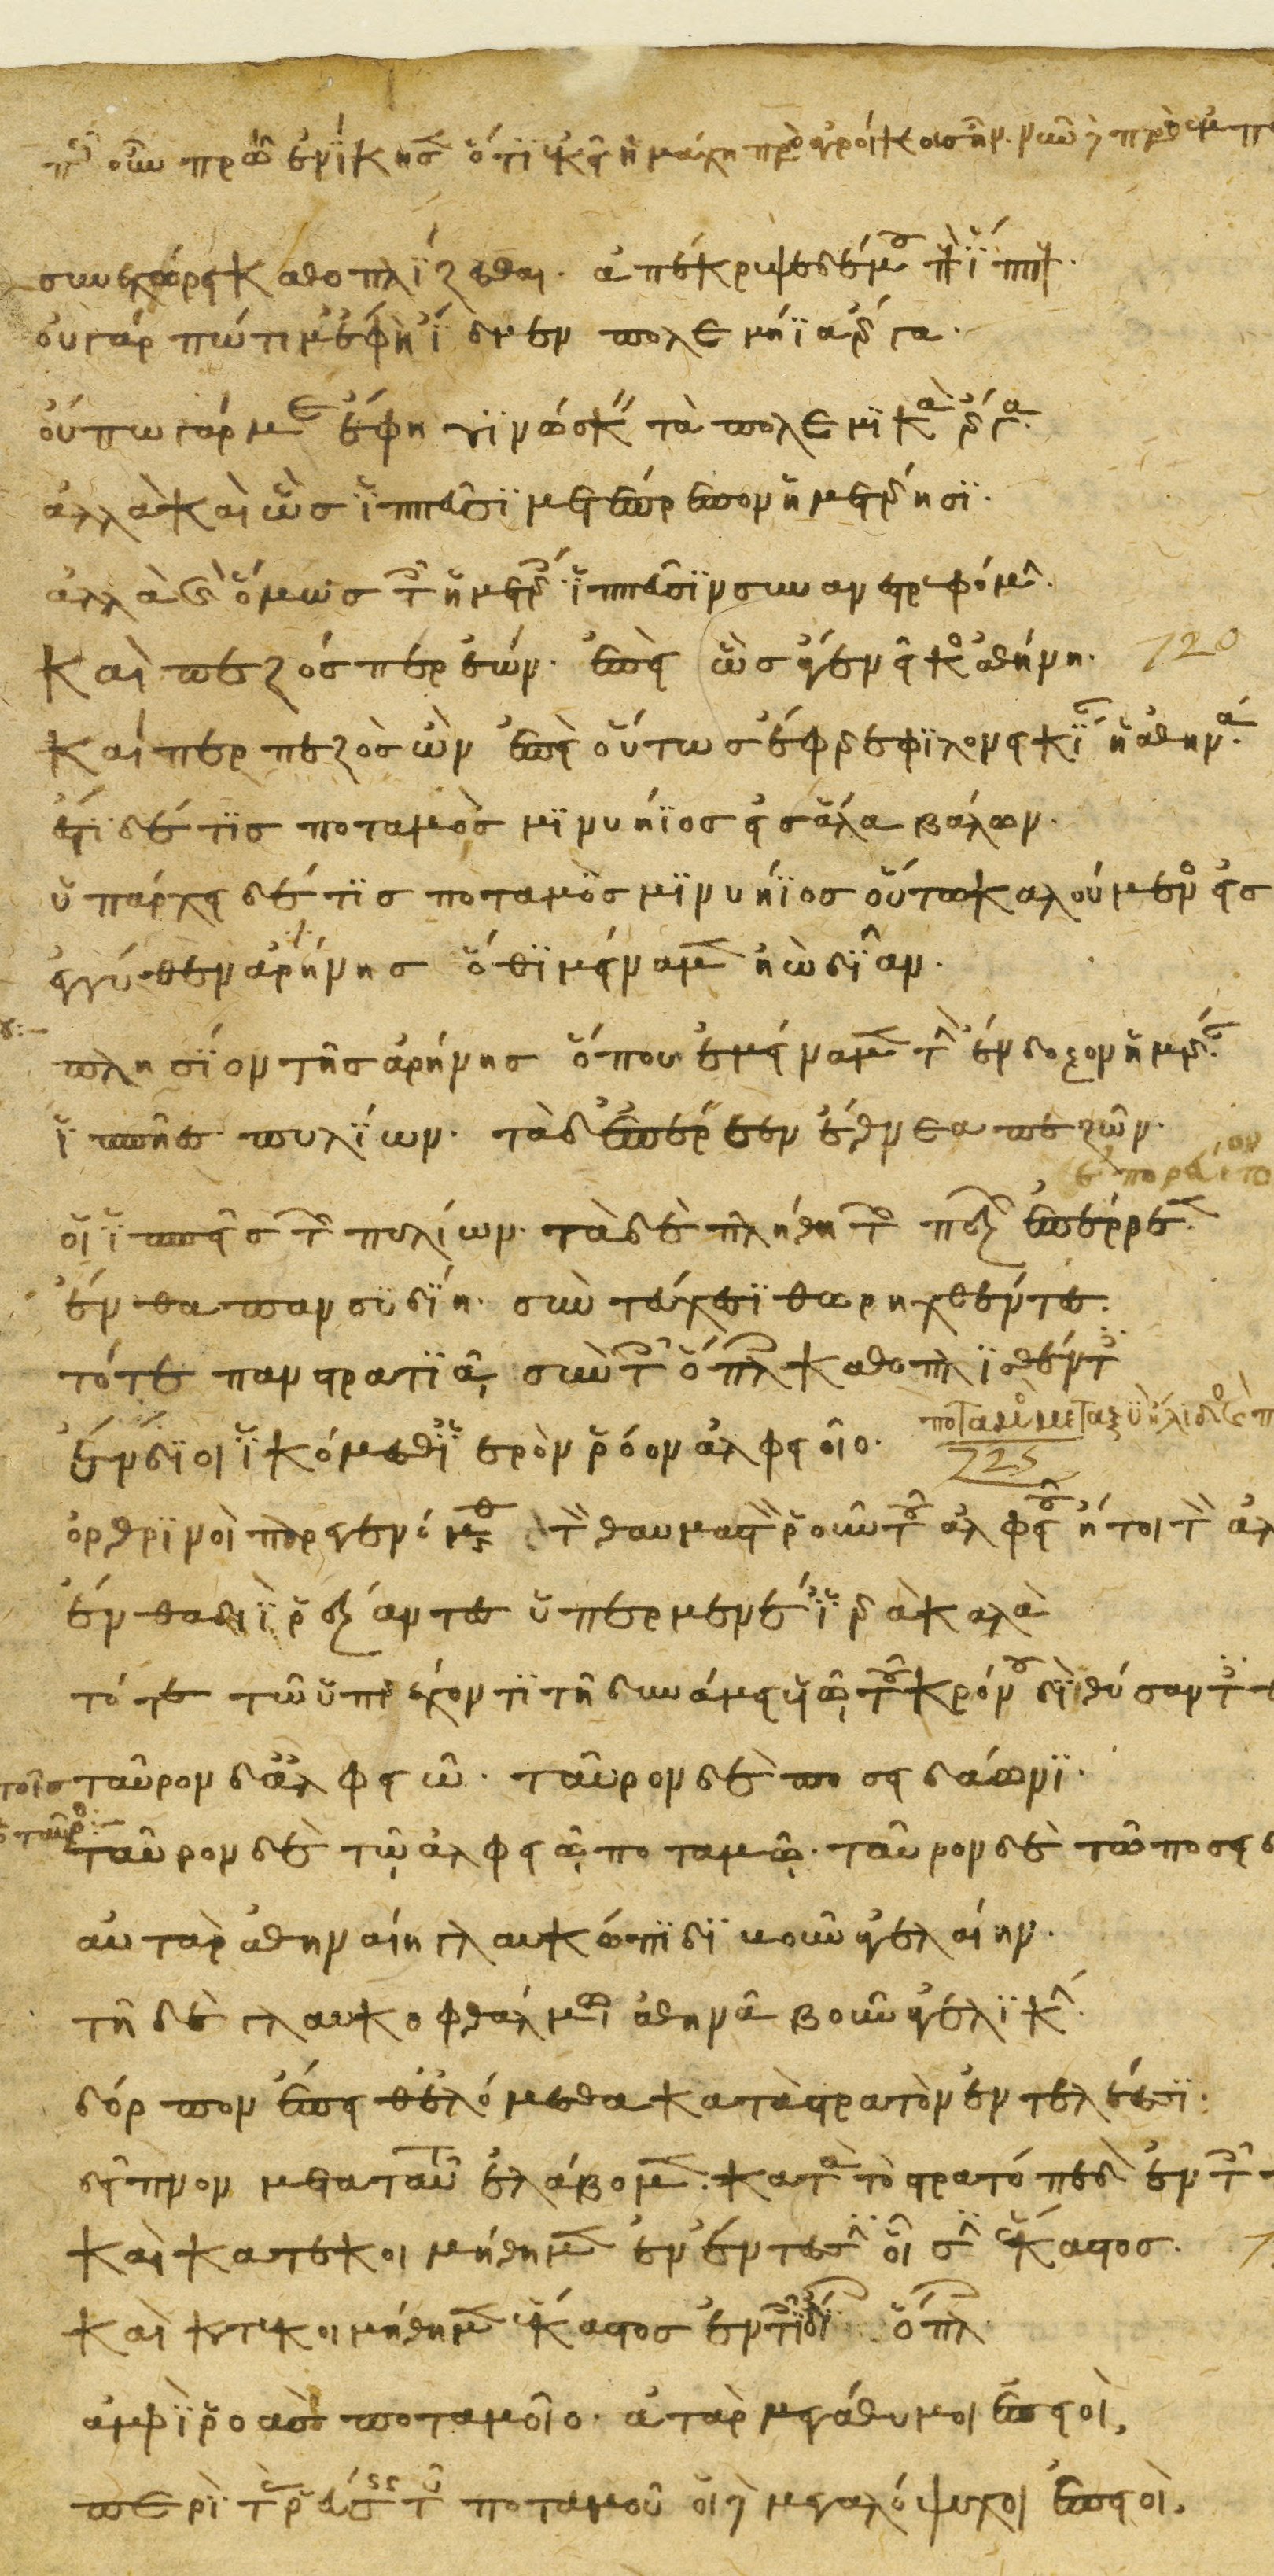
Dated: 1200–1299